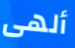
ألهى